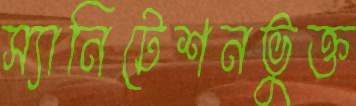
স্যানিটেশনভুক্ত